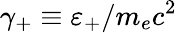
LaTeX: \gamma_{+}\equiv\varepsilon_{+}/m_{e}c^{2}